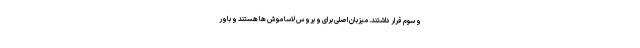
و سوم قرار داشتند. میزبان اصلی برای ویروس لاسا موش ها هستند و باور